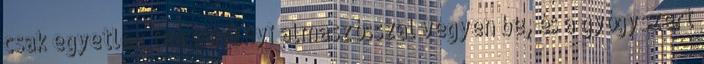
csak egyetlen teáskanálnyi almaszósszal vegyen be, és a gyógyszert